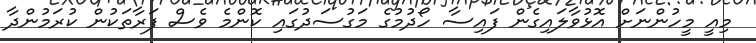
މިއީ މީހުންނަށް އޮޅުވާލައިގެން ފައިސާ ހޯދުމުގެ މަގުސަދުގައި ކޮންމެ ވެސް ފަރާތަކުން ކުރަމުންދާ